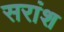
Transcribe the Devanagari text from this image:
सरांश